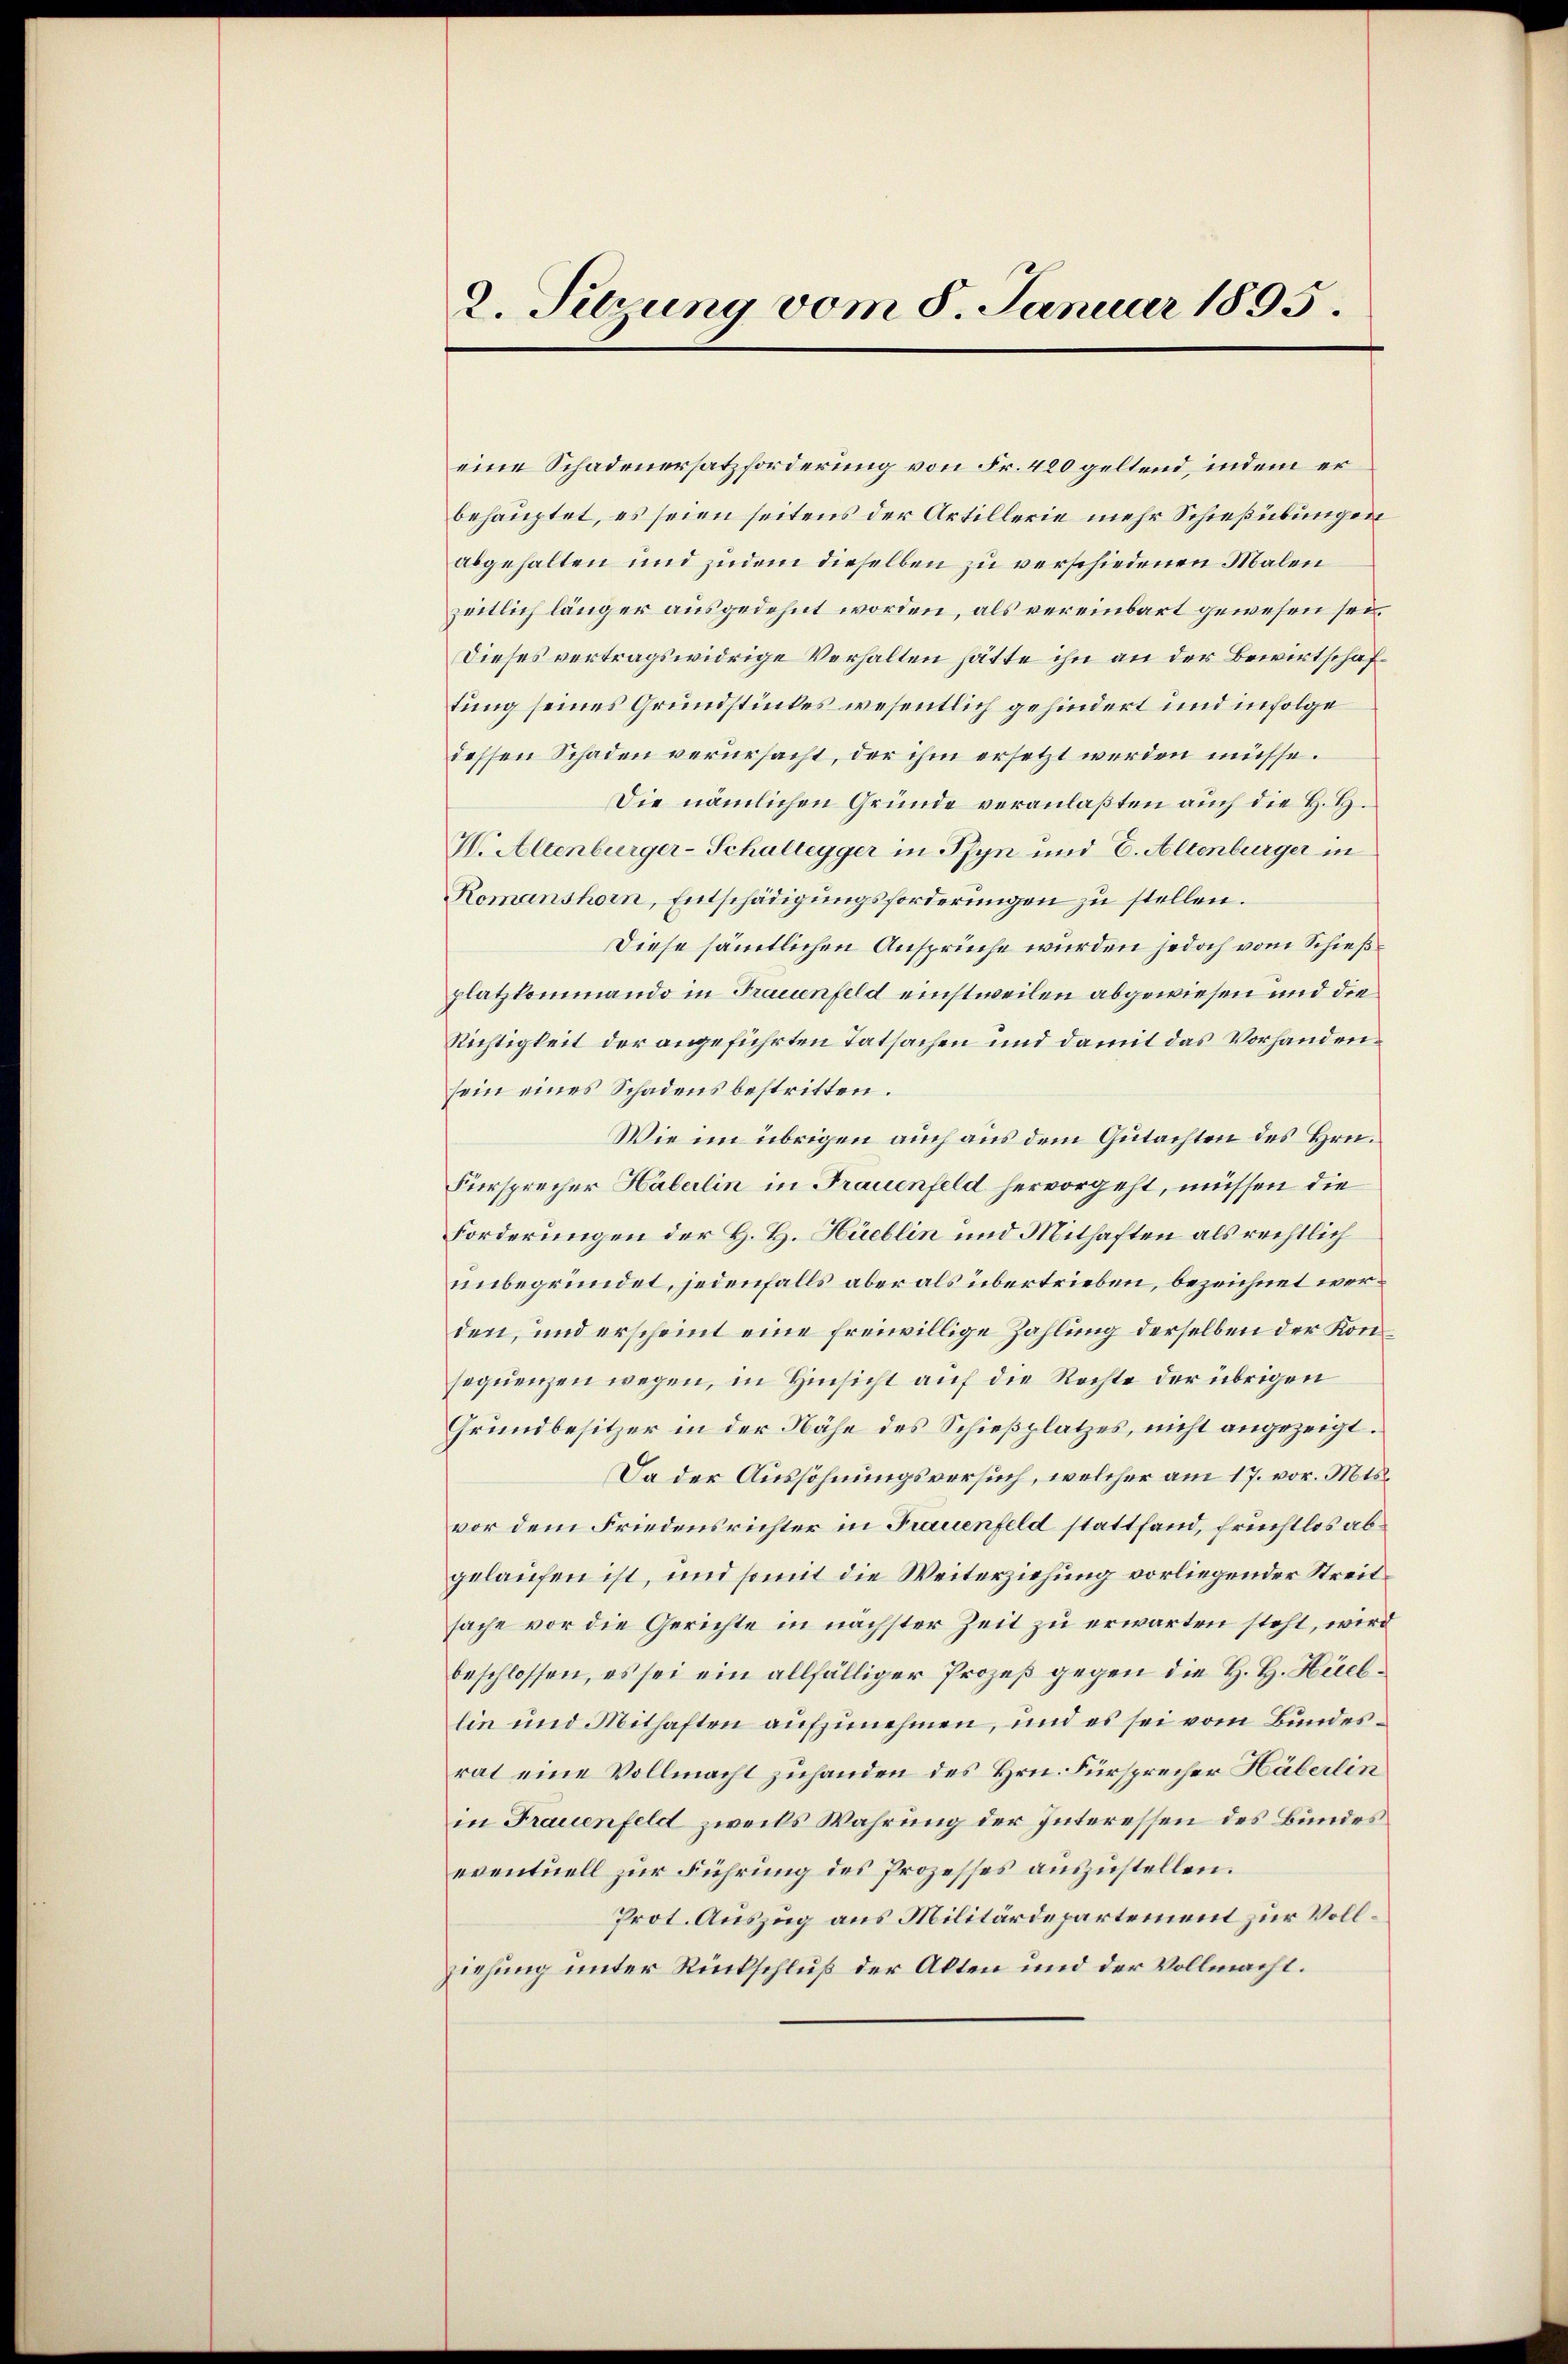
2. Sitzung vom 8. Januar 1895.

eine Schadenersatzforderung von Fr. 420 geltend, indem er
behauptet, es seien seitens der Artillerie mehr Schießübungen
abgehalten und zudem dieselben zu verschiedenen Malen
zeitlich länger ausgedehnt worden, als vereinbart gewesen sei.
Dieses vertragswidrige Verhalten hätte ihn an der Bewirtschaftung seines Grundstückes wesentlich gehindert und infolge
dessen Schaden verursacht, der ihm ersetzt werden müsse.
Die nämlichen Gründe veranlaßten auch die H. H.
W. Altenburger-Schullegger in Pfyn und E. Altenburger in
Romanshorn, Entschädigŭngsforderungen zu stellen.
Diese sämmtlichen Ansprüche wurden jedoch vom Schießplatzkommando in Frauenfeld einstweilen abgewiesen und die
Richtigkeit der angeführten Tatsachen und damit das Vorhanden.
sein eines Schadens bestritten.
Wie im übrigen auch aus dem Gutachten des Hrn.
Fürsprecher Haberlin in Frauenfeld hervorgeht, müssen die
Forderungen der H. H. Hüeblin und Mithaften als rechtlich
unbegründet, jedenfalls aber als übertrieben, bezeichnet werden, und erscheint eine freiwillige Zahlung derselben der Konsequenzen wegen, in Hinsicht auf die Rechte der übrigen
Grundbesitzer in der Nähe des Schießplatzes, nicht angezeigt.
Da der Aussöhnungsversuch, welcher am 17. vor. Mts.
vor dem Friedensrichter in Frauenfeld stattfand, fruchtlos abgelaufen ist, und somit die Weiterziehung vorliegender Streitsache vor die Gerichte in nächster Zeit zu erwarten steht, wird
beschlossen, es sei ein allfälliger Prozeß gegen die H. H. Hiellin und Mithaften aufzunehmen, und es sei vom Bundesrat eine Vollmacht zuhanden des Hrn. Fürsprecher Häberlin
in Frauenfeld zwecks Wahrung der Interessen des Bundes
eventuell zur Führung des Prozesses auszustellen.
Prot. Auszug aus Militärdepartement zur Vollziehung unter Rückschluß der Alten und der Vollmacht.